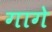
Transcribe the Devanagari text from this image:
गागे